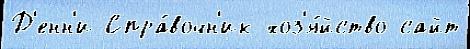
Д'енн'и Спра́вочн'ик хоз'я́йство сайт